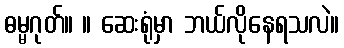
ဓမ္မဂုတ်။ ။ ဆေးရုံမှာ ဘယ်လိုနေရသလဲ။